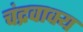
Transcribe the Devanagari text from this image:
चंद्रवाक्य